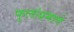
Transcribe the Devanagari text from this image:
फुलांप्रमाणे